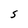
Character: S